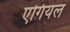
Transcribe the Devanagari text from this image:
एगियल